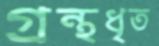
গ্রন্থধৃত